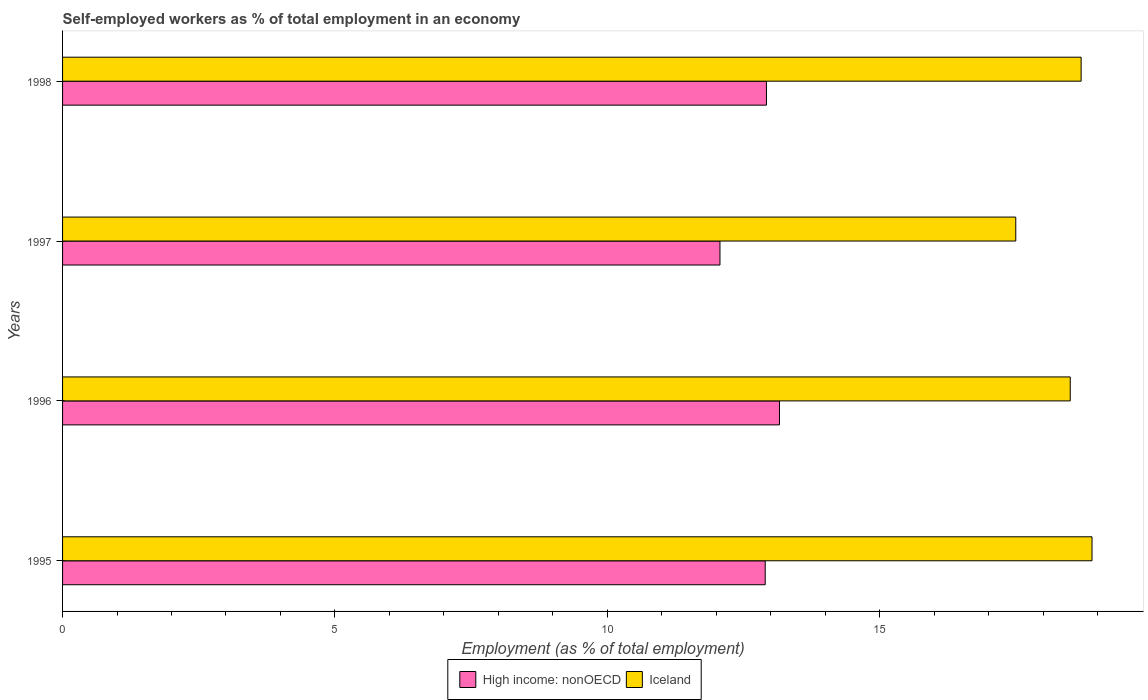
| Years | High income: nonOECD | Iceland |
 | --- | --- | --- |
 | 1995 | 12.9 | 18.9 |
 | 1996 | 13.2 | 18.5 |
 | 1997 | 12.1 | 17.5 |
 | 1998 | 12.9 | 18.7 |